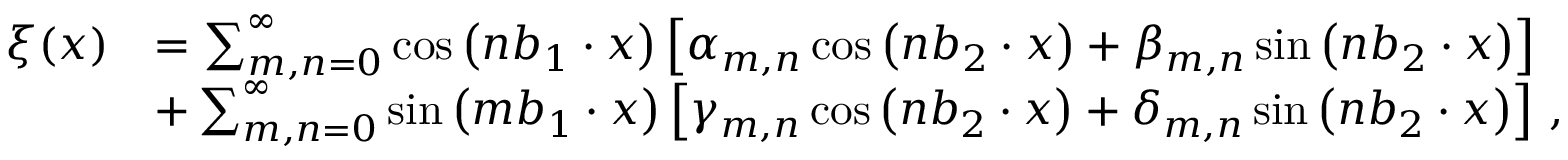
\begin{array} { r l } { \xi ( { \boldsymbol x } ) } & { = \sum _ { m , n = 0 } ^ { \infty } \cos \left( n { \boldsymbol b _ { 1 } } \cdot { \boldsymbol x } \right) \left[ \alpha _ { m , n } \cos \left( n { \boldsymbol b _ { 2 } } \cdot { \boldsymbol x } \right) + \beta _ { m , n } \sin \left( n { \boldsymbol b _ { 2 } } \cdot { \boldsymbol x } \right) \right] } \\ & { + \sum _ { m , n = 0 } ^ { \infty } \sin \left( m { \boldsymbol b _ { 1 } } \cdot { \boldsymbol x } \right) \left[ \gamma _ { m , n } \cos \left( n { \boldsymbol b _ { 2 } } \cdot { \boldsymbol x } \right) + \delta _ { m , n } \sin \left( n { \boldsymbol b _ { 2 } } \cdot { \boldsymbol x } \right) \right] \, , } \end{array}